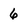
Character: 6